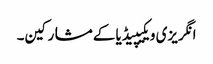
انگریزی ویکیپیڈیا کے مشارکین۔